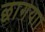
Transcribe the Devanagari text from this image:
छागया।